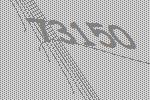
73150